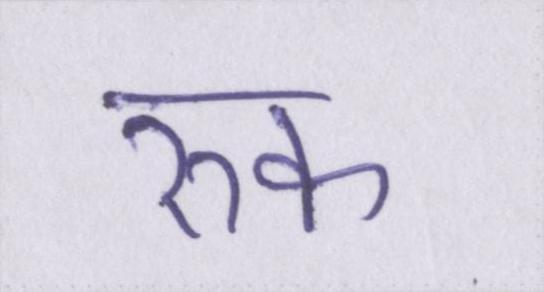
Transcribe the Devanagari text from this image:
रुक